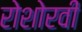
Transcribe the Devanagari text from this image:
रोशोरवी